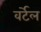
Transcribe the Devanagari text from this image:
वर्टेल